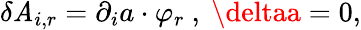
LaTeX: \delta\mathit{A}_{i,r}=\partial_{i}a\cdot\varphi_{r}\ ,\ \deltaa=0,